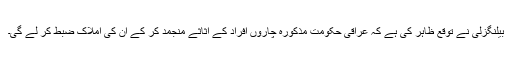
بیلنگزلی نے توقع ظاہر کی ہے کہ عراقی حکومت مذکورہ چاروں افراد کے اثاثے منجمد کر کے ان کی املاک ضبط کر لے گی۔